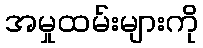
အမှုထမ်းများကို